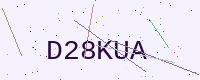
Text: D28KUA